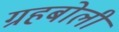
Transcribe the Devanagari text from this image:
ग्रहबोली